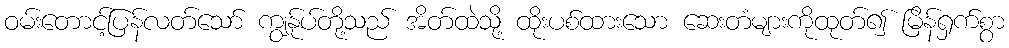
ဝမ်းတောင့်ပြန်လတ်သော် ကျွန်ုပ်တို့သည် အိတ်ထဲသို့ ထိုးပစ်ထားသော ဆေးတံများကိုထုတ်၍ မြိန်ရှက်စွာ